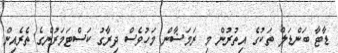
ޑާޓާ ބަންޑަލް ތަކުގެ އިތުރުން މި ރަމަޟާން މަހުވެސް ދިރާގު ކަސްޓަމަރުންގެ ތެރެއިން